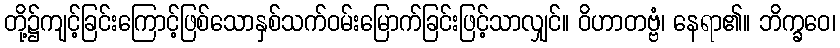
တို့၌ကျင့်ခြင်းကြောင့်ဖြစ်သောနှစ်သက်ဝမ်းမြောက်ခြင်းဖြင့်သာလျှင်။ ဝိဟာတဗ္ဗံ၊ နေရာ၏။ ဘိက္ခဝေ၊